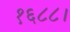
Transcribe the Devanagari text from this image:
१६८८।